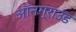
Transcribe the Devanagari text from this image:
ऑनग्राउंड